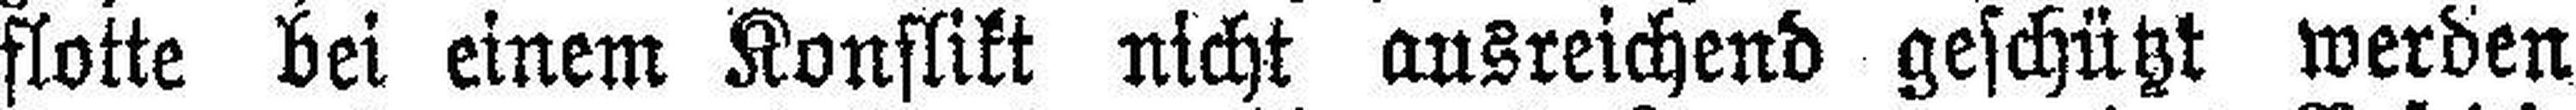
flotte bei einem Konflikt nicht ausreichend geschützt werden